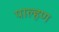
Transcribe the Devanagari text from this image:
पाल्हण